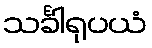
သင်္ခါရုပယံ